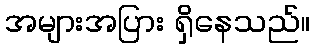
အများအပြား ရှိနေသည်။